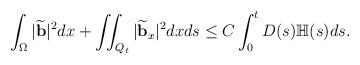
LaTeX: \begin{align*} & \int_\Omega |\widetilde{\mathbf{b}}|^2dx + \iint_{Q_t} |\widetilde{\mathbf{b}}_x|^2dxds\leq C\int_0^t D(s)\mathbb{H}(s)ds. \end{align*}